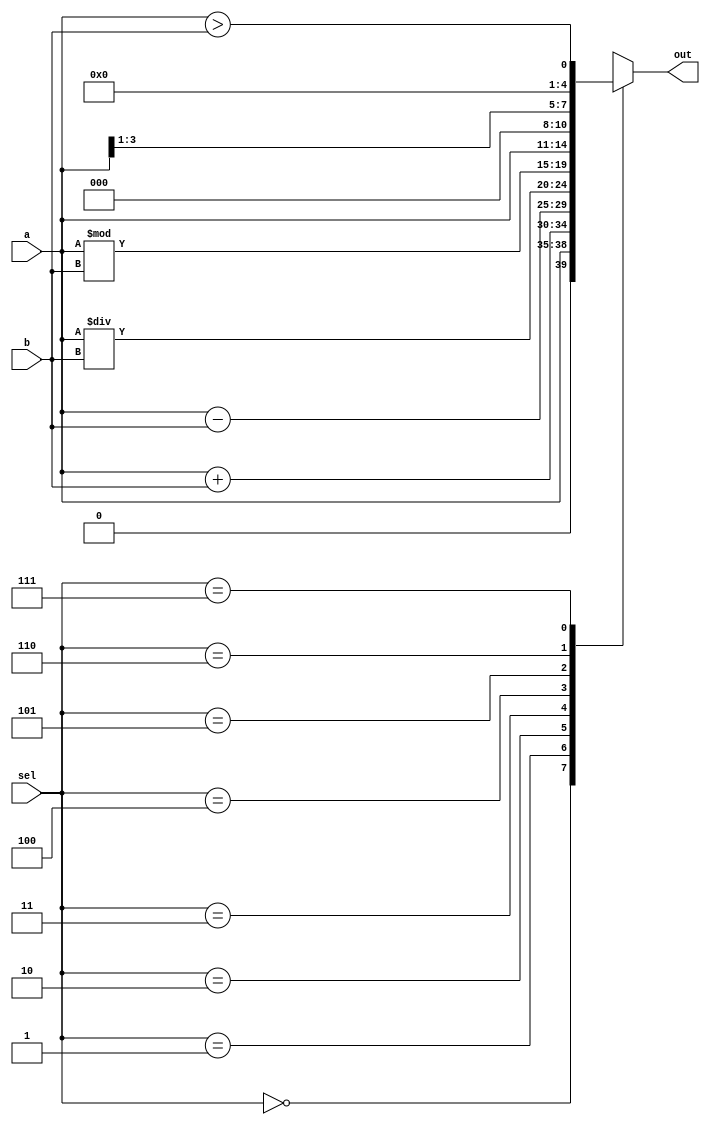
// 8 function ALU design

module ALU( input [3:0] a,b,
            input [2:0] sel,
            output reg [4:0] out);

    always @ ( * ) begin
      case (sel)
        3'b000  : out = a;
        3'b001  : out = a + b;
        3'b010  : out = a - b;
        3'b011  : out = a / b;
        3'b100  : out = a % b;
        3'b101  : out = a << 1;
        3'b110  : out = a >> 1;
        3'b111  : out = (a > b);
        default : out = 5'b0;
      endcase
    end
endmodule